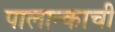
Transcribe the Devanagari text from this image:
पालान्काची